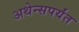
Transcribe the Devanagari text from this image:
अथेन्सपर्यंत